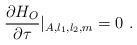
LaTeX: \begin{align*}{\partial H_O \over \partial \tau}|_{A, l_1, l_2 ,m} = 0 \ .\end{align*}